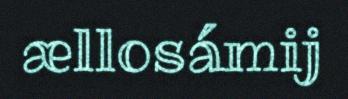
ællosámij